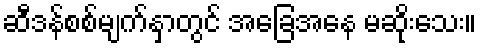
ဆီဒန်စစ်မျက်နှာတွင် အခြေအနေ မဆိုးသေး။